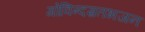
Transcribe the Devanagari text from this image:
गोविन्दम्रतभजन